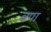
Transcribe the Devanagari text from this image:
बपा